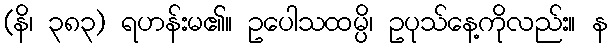
(နိ၊ ၃၈၃) ရဟန်းမ၏။ ဥပေါသထမ္ပိ၊ ဥပုသ်နေ့ကိုလည်း။ န